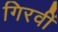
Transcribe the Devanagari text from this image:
गिरवीं